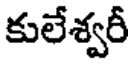
కులేశ్వరీ